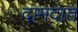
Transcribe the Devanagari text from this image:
दामदात